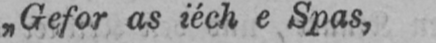
„Gefor as iéch e Spas,